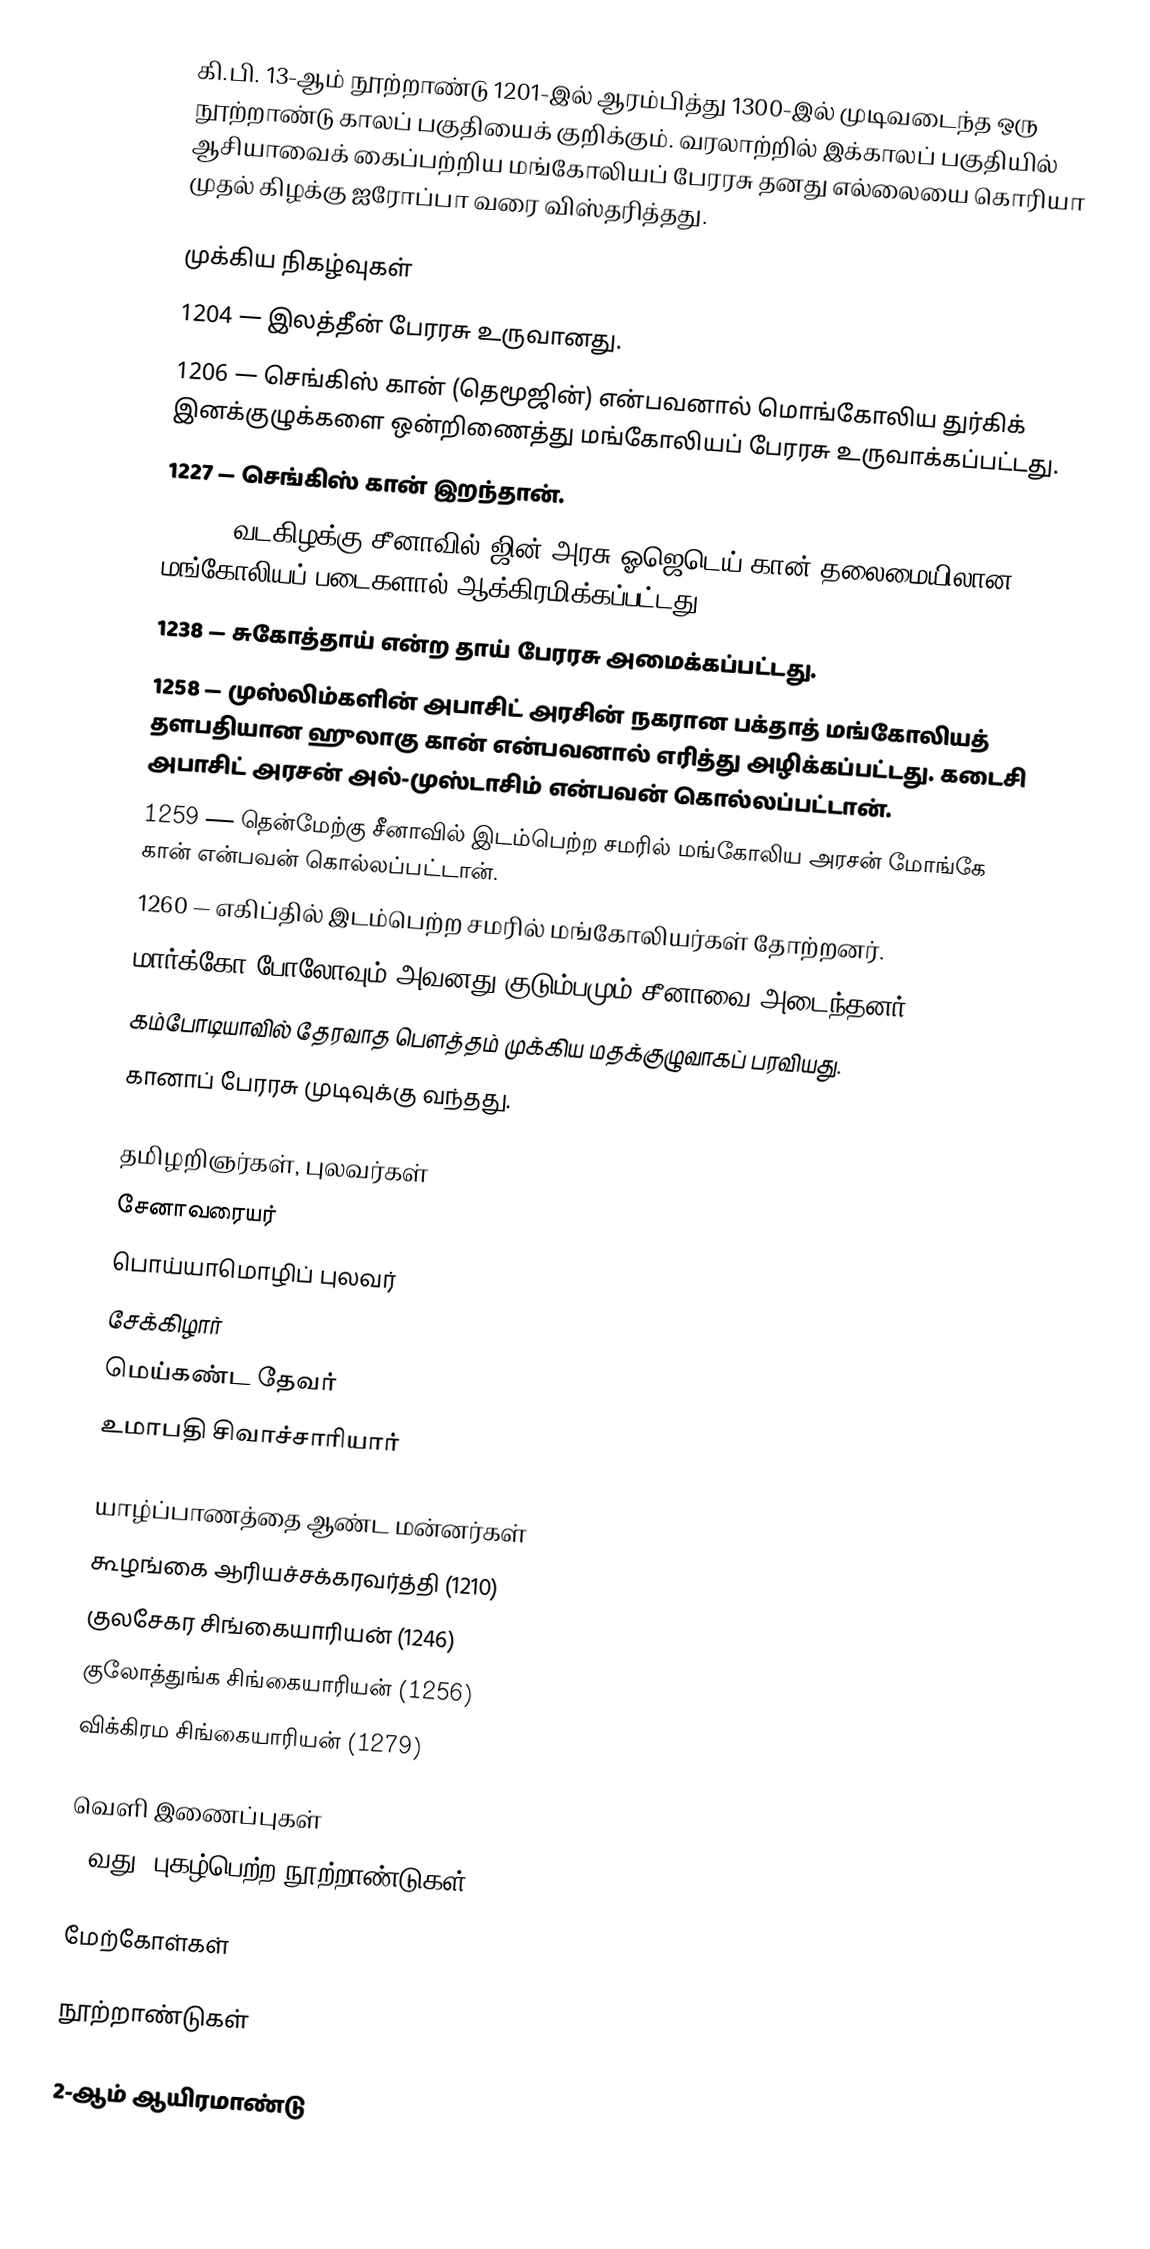
கி.பி. 13-ஆம் நூற்றாண்டு 1201-இல் ஆரம்பித்து 1300-இல் முடிவடைந்த ஒரு நூற்றாண்டு காலப் பகுதியைக் குறிக்கும். வரலாற்றில் இக்காலப் பகுதியில் ஆசியாவைக் கைப்பற்றிய மங்கோலியப் பேரரசு தனது எல்லையை கொரியா முதல் கிழக்கு ஐரோப்பா வரை விஸ்தரித்தது.

முக்கிய நிகழ்வுகள்
 1204 — இலத்தீன் பேரரசு உருவானது.
 1206 — செங்கிஸ் கான் (தெமூஜின்) என்பவனால் மொங்கோலிய துர்கிக் இனக்குழுக்களை ஒன்றிணைத்து மங்கோலியப் பேரரசு உருவாக்கப்பட்டது.
 1227 — செங்கிஸ் கான் இறந்தான்.
 1234 — வடகிழக்கு சீனாவில் ஜின் அரசு ஓஜெடெய் கான் தலைமையிலான மங்கோலியப் படைகளால் ஆக்கிரமிக்கப்பட்டது.
 1238 — சுகோத்தாய் என்ற தாய் பேரரசு அமைக்கப்பட்டது.
 1258 — முஸ்லிம்களின் அபாசிட் அரசின் நகரான பக்தாத் மங்கோலியத் தளபதியான ஹுலாகு கான் என்பவனால் எரித்து அழிக்கப்பட்டது. கடைசி அபாசிட் அரசன் அல்-முஸ்டாசிம் என்பவன் கொல்லப்பட்டான்.
 1259 — தென்மேற்கு சீனாவில் இடம்பெற்ற சமரில் மங்கோலிய அரசன் மோங்கே கான் என்பவன் கொல்லப்பட்டான்.
 1260 — எகிப்தில் இடம்பெற்ற சமரில் மங்கோலியர்கள் தோற்றனர்.
 மார்க்கோ போலோவும் அவனது குடும்பமும் சீனாவை அடைந்தனர்.
 கம்போடியாவில் தேரவாத பௌத்தம் முக்கிய மதக்குழுவாகப் பரவியது.
 கானாப் பேரரசு முடிவுக்கு வந்தது.

தமிழறிஞர்கள், புலவர்கள்
 சேனாவரையர்
 பொய்யாமொழிப் புலவர்
 சேக்கிழார்
 மெய்கண்ட தேவர்
 உமாபதி சிவாச்சாரியார்

யாழ்ப்பாணத்தை ஆண்ட மன்னர்கள்
 கூழங்கை ஆரியச்சக்கரவர்த்தி (1210)
 குலசேகர சிங்கையாரியன் (1246)
 குலோத்துங்க சிங்கையாரியன் (1256)
 விக்கிரம சிங்கையாரியன் (1279)

வெளி இணைப்புகள்
13வது: புகழ்பெற்ற நூற்றாண்டுகள்

மேற்கோள்கள்

நூற்றாண்டுகள்

2-ஆம் ஆயிரமாண்டு